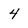
Character: 4